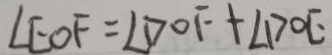
\angle E O F = \angle D O F + \angle D O E